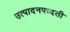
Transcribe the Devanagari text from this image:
उत्पादनपध्दती